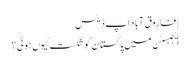
| فاروق آباد اَپ ڈیٹس
ایجبسٹن میں پاکستان کو شکست کیوں ہوئی؟